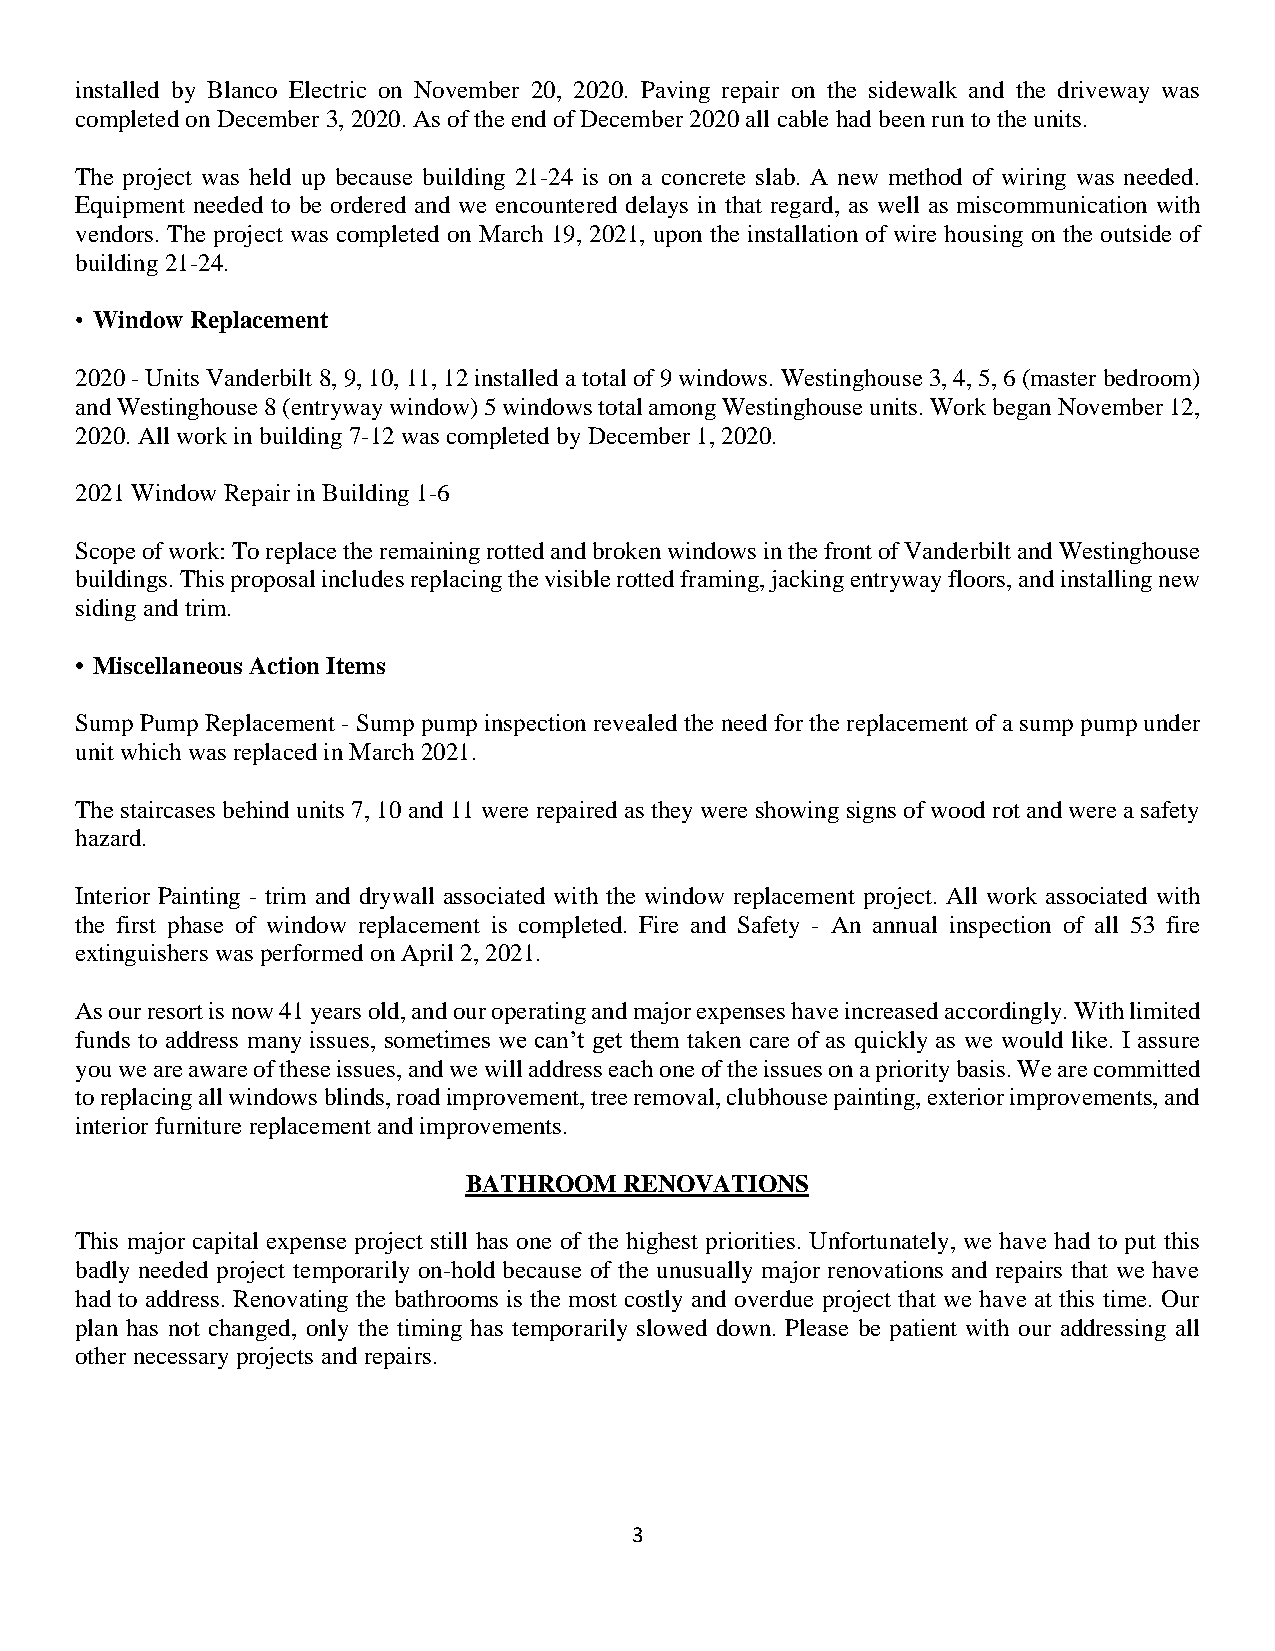
installed by Blanco Electric on November 20, 2020. Paving repair on the sidewalk and the driveway was
 completed on December 3, 2020. As of the end of December 2020 all cable had been run to the units.
 The project was held up because building 21-24 is on a concrete slab. A new method of wiring was needed.
 Equipment needed to be ordered and we encountered delays in that regard, as well as miscommunication with
 vendors. The project was completed on March 19, 2021, upon the installation of wire housing on the outside of
 building 21-24.
 • Window Replacement
 2020 - Units Vanderbilt 8, 9, 10, 11, 12 installed a total of 9 windows. Westinghouse 3, 4, 5, 6 (master bedroom)
 and Westinghouse 8 (entryway window) 5 windows total among Westinghouse units. Work began November 12,
 2020. All work in building 7-12 was completed by December 1, 2020.
 2021 Window Repair in Building 1-6
 Scope of work: To replace the remaining rotted and broken windows in the front of Vanderbilt and Westinghouse
 buildings. This proposal includes replacing the visible rotted framing, jacking entryway floors, and installing new
 siding and trim.
 • Miscellaneous Action Items
 Sump Pump Replacement - Sump pump inspection revealed the need for the replacement of a sump pump under
 unit which was replaced in March 2021.
 The staircases behind units 7, 10 and 11 were repaired as they were showing signs of wood rot and were a safety
 hazard.
 Interior Painting - trim and drywall associated with the window replacement project. All work associated with
 the first phase of window replacement is completed. Fire and Safety - An annual inspection of all 53 fire
 extinguishers was performed on April 2, 2021.
 As our resort is now 41 years old, and our operating and major expenses have increased accordingly. With limited
 funds to address many issues, sometimes we can’t get them taken care of as quickly as we would like. I assure
 you we are aware of these issues, and we will address each one of the issues on a priority basis. We are committed
 to replacing all windows blinds, road improvement, tree removal, clubhouse painting, exterior improvements, and
 interior furniture replacement and improvements.
 BATHROOM  RENOVATIONS
 This major capital expense project still has one of the highest priorities. Unfortunately, we have had to put this
 badly needed project temporarily on-hold because of the unusually major renovations and repairs that we have
 had to address. Renovating the bathrooms is the most costly and overdue project that we have at this time. Our
 plan has not changed, only the timing has temporarily slowed down. Please be patient with our addressing all
 other necessary projects and repairs.
 3